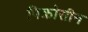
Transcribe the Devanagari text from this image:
पिक्रोसीन